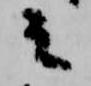
云